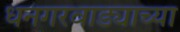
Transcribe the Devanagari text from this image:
धनगरवाड्याच्या